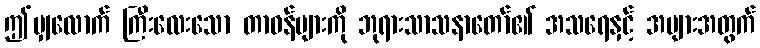
ဤမျှလောက် ကြီးလေးသော တာဝန်များကို ဘုရားသာသနာတော်၏ အသရေနှင့် အများအတွက်